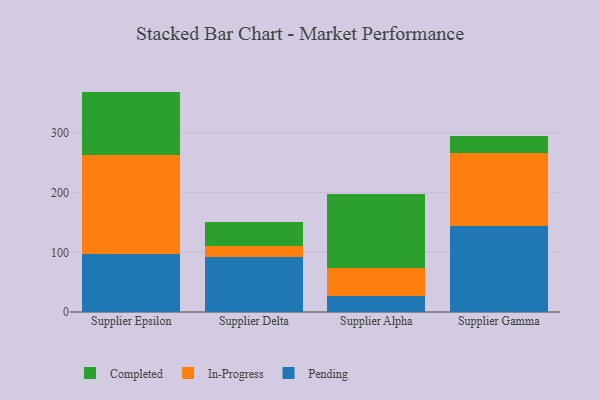
{"axis": {"x": "Supplier", "y": "Conversion Rate (%)"}, "legend": ["Completed", "In-Progress", "Pending"], "data": [{"x": "Supplier Epsilon", "y": 97.4, "type": "Pending"}, {"x": "Supplier Epsilon", "y": 166.1, "type": "In-Progress"}, {"x": "Supplier Epsilon", "y": 105.8, "type": "Completed"}, {"x": "Supplier Delta", "y": 92.3, "type": "Pending"}, {"x": "Supplier Delta", "y": 18.0, "type": "In-Progress"}, {"x": "Supplier Delta", "y": 40.3, "type": "Completed"}, {"x": "Supplier Alpha", "y": 26.0, "type": "Pending"}, {"x": "Supplier Alpha", "y": 48.4, "type": "In-Progress"}, {"x": "Supplier Alpha", "y": 123.4, "type": "Completed"}, {"x": "Supplier Gamma", "y": 143.3, "type": "Pending"}, {"x": "Supplier Gamma", "y": 123.2, "type": "In-Progress"}, {"x": "Supplier Gamma", "y": 28.7, "type": "Completed"}]}